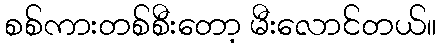
စစ်ကားတစ်စီးတော့ မီးလောင်တယ်။